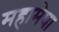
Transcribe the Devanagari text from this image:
महामेघा